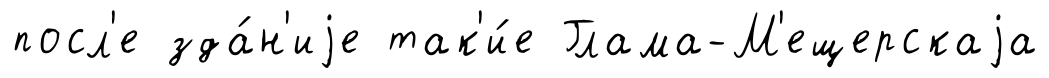
посл'е зда́н'иjе так'и́е Глама-М'ещерскаjа